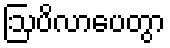
ဩပိလာပေတွာ